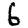
Digit: 6